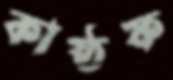
কাষ্ঠফ